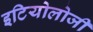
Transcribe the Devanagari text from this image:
इटियोलोजी